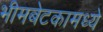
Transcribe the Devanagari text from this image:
भीमबेटकामध्ये